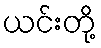
ယင်းတို့